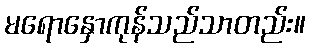
မရောနှောကုန်သည်သာတည်း။